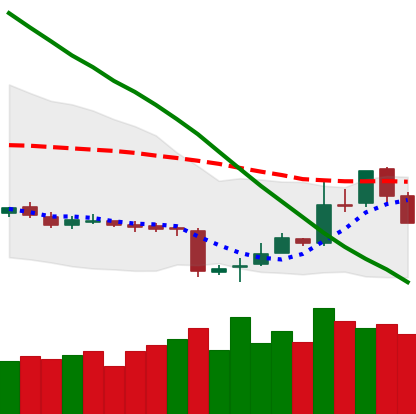
Ticker: LTC-USD
Chart end date: 2018-11-08
Forward return: -5.111%
Label: down_5_7